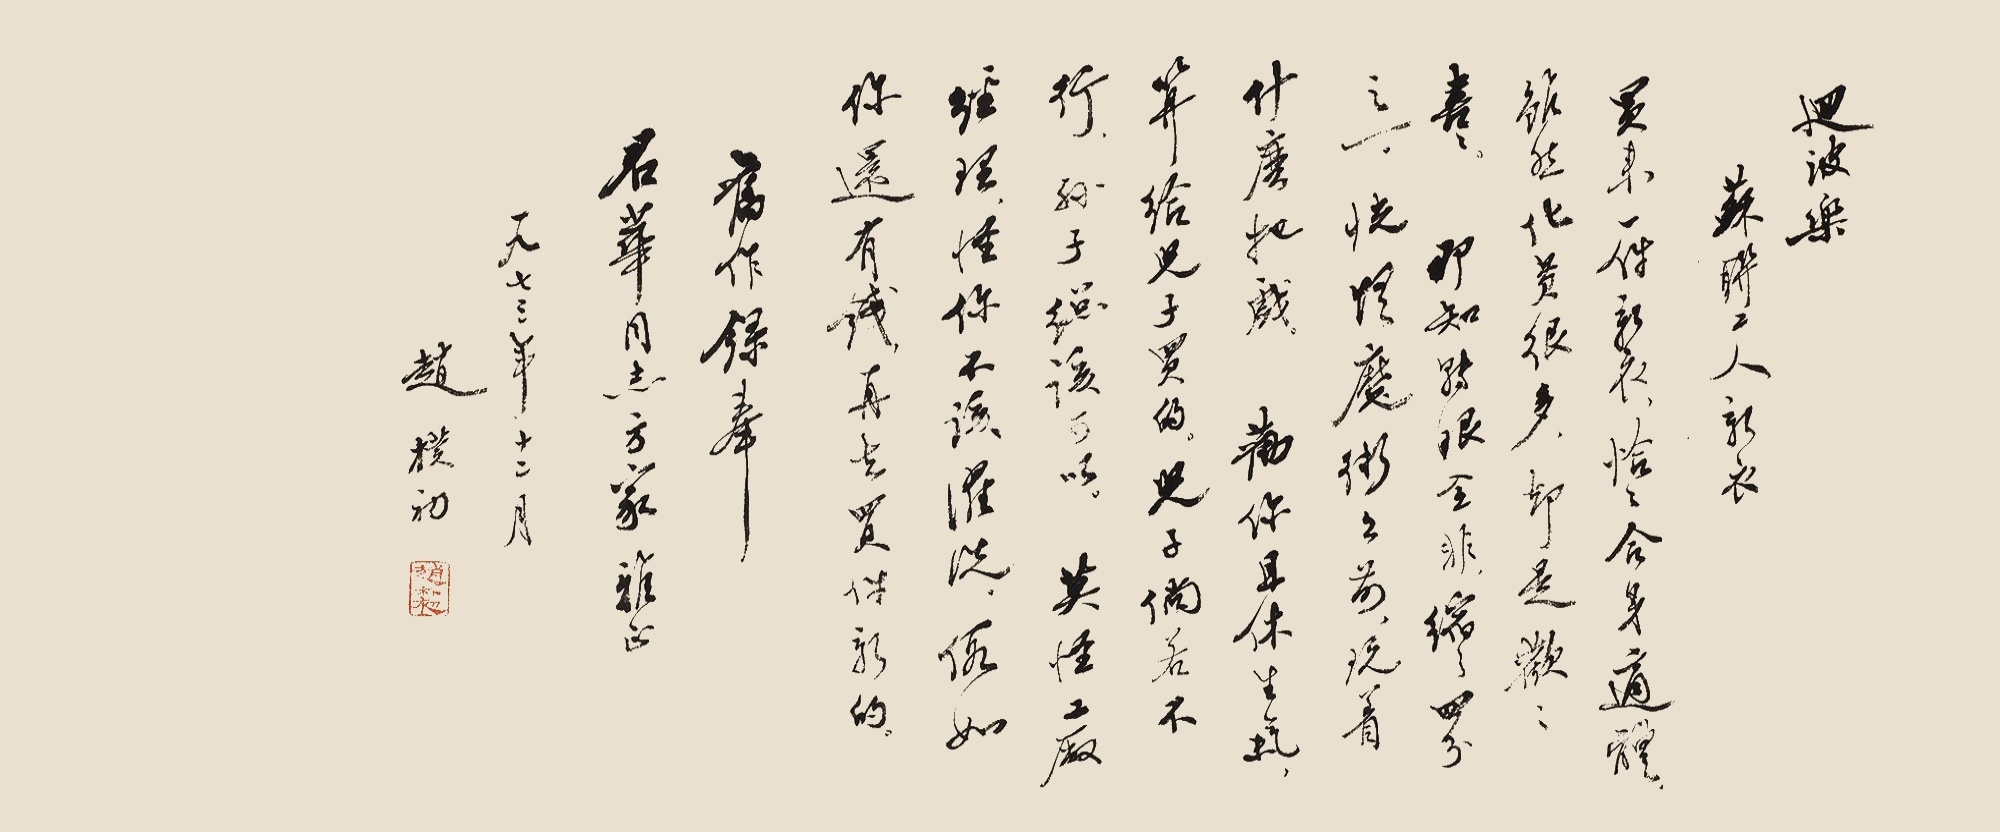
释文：买来一件新衣，恰恰合身适体。虽然化黄很多，却是欢欢喜喜。那知转眼全非，缩之四分之一。恍惚魔术之前，玩着什么把戏。劝你且休生气，算给儿子买的。儿子倘若不行，孙子总该可以。莫怪工厂经理，怪你不该濯洗。假如你还有钱，再去买件新的。回波乐苏联工人新衣。旧作录奉君华同志方家雅正，一九七三年十二月赵朴初。